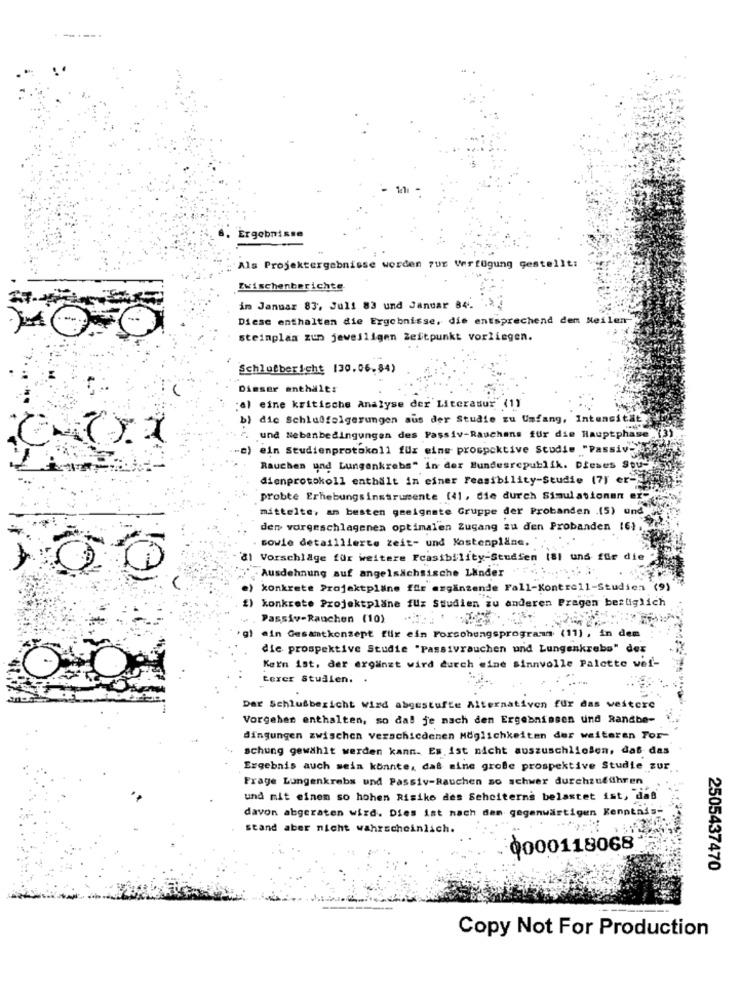
1211
Ergebnisse
Als Projektergebnisse werden 7ut Verfügung gestellt:
Zwischenberichte
in Januar 83, Juli 83 und Januar 84 .9.2
Diese enthalten die Ergebnisse, die entsprechend dem Neilen-
steimplan zun jeweiligen Zeitpunkt vorliegen.
Schlofbericht 130.06.84)
Dimser enthält:
al eine kritische Analyse der Literatur (1)
b) die Schlaffolgerungen aus der Studie zu Umfang, Inte
und Nebenbedingungen des Passiv-Rauchens für die Hauptphase
ein Studienprotokoll für eine prospcktive Studie "Pass
Rauchen und Lungenkrebs" in der Bundesrepublik. Dieses Sou-
dienprotokoll enthält in einer Feasibility-Studie (7) er-)
probte Erhebungs instrumente (41, die durch Simulationen
mittelte, am besten geeignete Gruppe der Probanden .(5) und
den vorgeschlagenen optimal'en Zugang zu den Probanden 16).
sowie detaillierte zeit- und Kostenpläne. .
'al Vorschläge für weitere Fcasibility-Studien (81 und für die
"Ausdehnung auf angelsächsische Linder "" ,;
,00
e) konkrete Projektpläne für ergänzende Fall-Kontroll-Studien (9)
1) konkrete Projektplane fux Studien zu anderen Pragen bestiglich
Passiv-Rauchen (10) .
gl ein Gesamtkonzept fuir ein Forschungsprogram (11), in dem
die prospektive Studie "Passivrauchen und Lungenkrebs" dex
Kein ist, der ergänzt wird durch eine sinnvolle Palette wef-
terer Studien. .
Dar Schlusbericht Wird abgestufte Alternativen für das weitere
Vorgehen enthalten, so dal je nach den Ergebnissen und Randbe-
dingungen zwischen verschiedenen Möglichkeiten der weiteren For-
schung gewählt werden kann. Es ist nicht auszuschließen, daß das
Ergebnis auch sein könnte, das eine große prospektive Studie zur
I ..
Frage Lungenkrebs und Passiv-Rauchen so schwer durchzuführen
und mit einem so hohen Risiko des Sehciterne belastet ist, das
davon abgeraten wird. Dies ist nach dem gegenwärtigen Kenntnis-
stand aber nicht wahrscheinlich.
0000118068
2505437470
Copy Not For Production